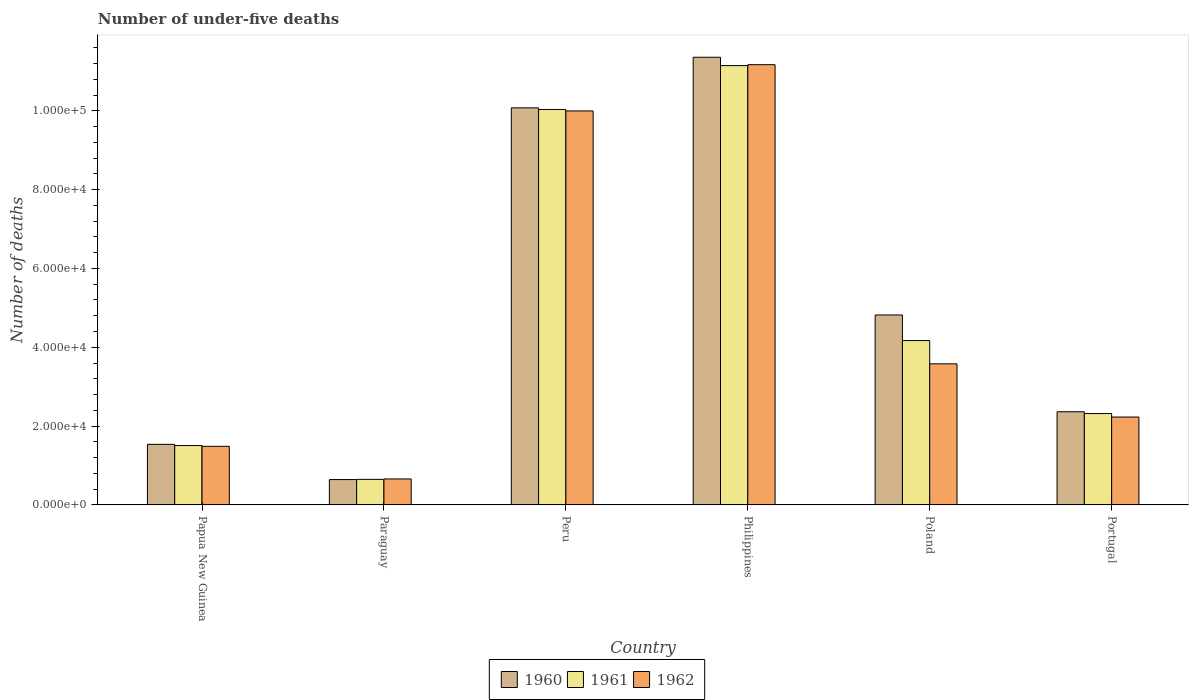
| Country | 1960 | 1961 | 1962 |
 | --- | --- | --- | --- |
 | Papua New Guinea | 1.54e+04 | 1.51e+04 | 1.49e+04 |
 | Paraguay | 6.43e+03 | 6.49e+03 | 6.59e+03 |
 | Peru | 1.01e+05 | 1e+05 | 1e+05 |
 | Philippines | 1.14e+05 | 1.11e+05 | 1.12e+05 |
 | Poland | 4.82e+04 | 4.17e+04 | 3.58e+04 |
 | Portugal | 2.36e+04 | 2.32e+04 | 2.23e+04 |